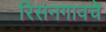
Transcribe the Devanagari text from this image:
रिसनगावचे